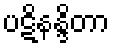
ပဋိနန္ဒိတာ